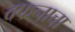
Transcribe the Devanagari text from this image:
दफनाचा